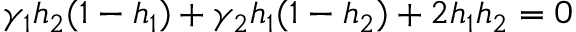
\gamma _ { 1 } h _ { 2 } ( 1 - h _ { 1 } ) + \gamma _ { 2 } h _ { 1 } ( 1 - h _ { 2 } ) + 2 h _ { 1 } h _ { 2 } = 0